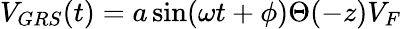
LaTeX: V_{GRS}(t)=a\sin(\omega t+\phi)\Theta(-z)V_{F}